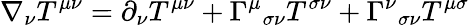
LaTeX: \nabla_{\nu}T^{\mu\nu}=\partial_{\nu}T^{\mu\nu}+\Gamma^{\mu}{}_{\sigma\nu}T^{\sigma\nu}+\Gamma^{\nu}{}_{\sigma\nu}T^{\mu\sigma}